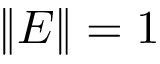
\| E \| = 1